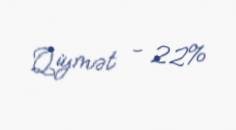
Qiymət - 22%